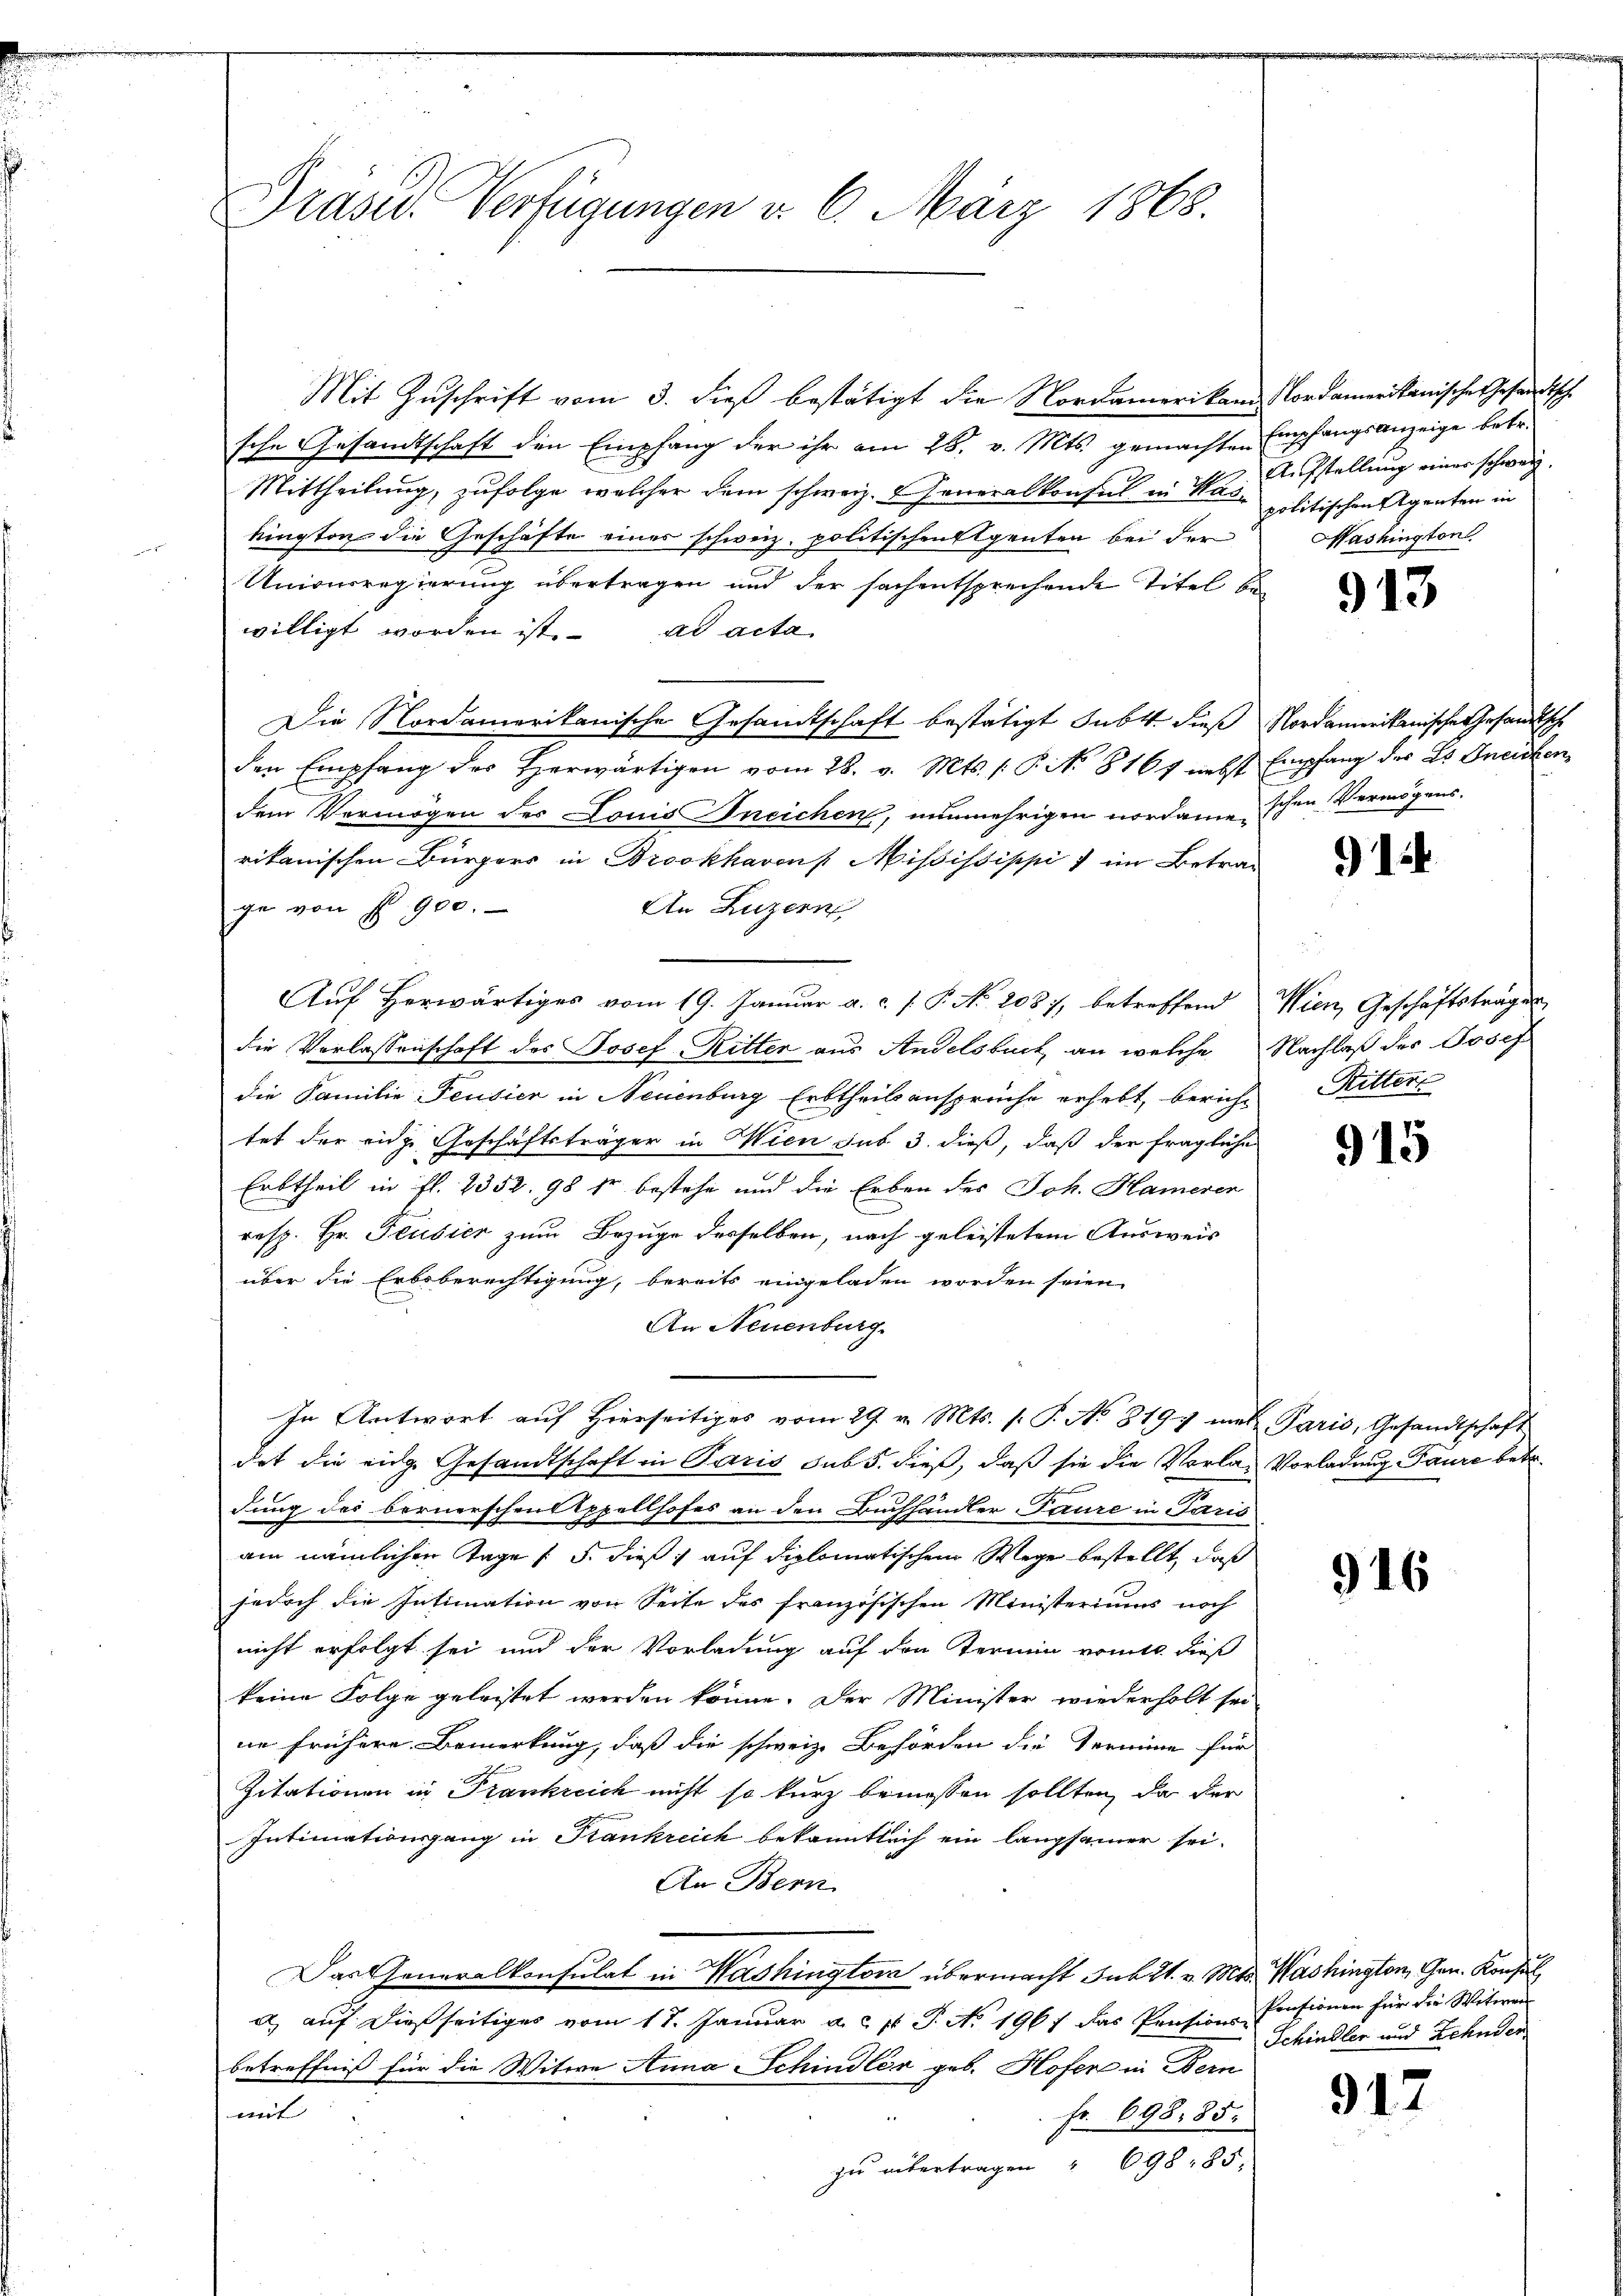
Präser Verfügungen d. 6. März 1868.

Mit Zuschrift vom 3. dieß bestätigt die Nordamerikar Nordamerikanische Gesandtsche
sche Gesandtschaft den Empfang der ihr am 28. v. Mts. gemachten Empfangsanzeige betr.
Mittheilung, zufolge welcher dem schweiz. Generalkonsul in Nase politischen Agenten in
kington die Geschäfte eines schweiz. politischen Agenten bei der
Univerregierung übertragen und der sachentsprechende Titel bewilligt worden ist. ad acta
Die Nordamerikanische Gesandtschaft bestätigt subt. dieß Nordamerikanische Gesandtsche
den Empfang des Herwärtigen vom 28. v. Mts. /: P. No. 8167 nebst Empfang des Dr. Geisten
dem Vermögen der Louis Kneichen, nunmehrigen nordame schen Vermögensrikanischen Bürgers in Brookhaven Mississippi ) im Betra¬
An Luzern,
ge von No 900.
Auf Herwärtiges vom 19. Januar a. c. f. P. No 2087, betreffend Wien, Geschäftsträger
die Vorlassenschaft des Josef Ritter aus Andelsbuch, an welche Nachlaß des Josef
die Familie Feusier in Neuenburg Erbtheilsansprüche erhebt, berich-
tet der eich Geschäftsträger in Wien sub 3. dieß, daß der fragliche
Erbtheil in fl. 2352. 98 fr bestehe und die Erben des Joh. Hamerer
resp. Hr. Feusier zum Bezuge derselben, nach geleistetem Ausweis
über die Erbsberechtigung, bereits eingeladen worden seien,
An Neuenburg.
In Antwort aŭf hierseitiges vom 29. v. Mts. s. P. No 819 met Paris, Gesandtschaft
det die eige Gesandtschaft in Paris sub 5. dieß, daß sie die Vorlag Vorladung Paure betr.
dung des bernerschen Oppellhofes an den Buchhändler-Faure in Paris
am nämlichen Tage / 5. dieß, auf diplomatischem Wege bestellt, daß
jedoch die Intimation von Seite des französischen Ministeriums noch
nicht erfolgt sei und der Vorladung auf den Termin vomit dieß
keine Folge geleistet werden könne. Der Minister wiederholt sei
ne frühere Bemerkung, daß die schweiz. Behörden die Termine für
Zitationen in Frankreich nicht so kurz bemessen sollten, da der
Intimationsgang in Frankreich bekanntlich ein langsamer sei.
An Bern
Das Generalkonsulat in Washington übermacht sub 21. v. Mts. Washington, Gen. Konsul
a) auf dießseitiges vom 17. Januar a. p. P. No. 1967 das Pensions-
betreffniß für die Witwe Anna Schindler geb. Hofer in Bern
mit
Fr. 698. 85.
zu übertragen " 698 85.

Aufstellung einer schweiz.
Washington.

913

914

Ritters

915

916

Pensionen für die Witwen
Schindler und Zehnden

312